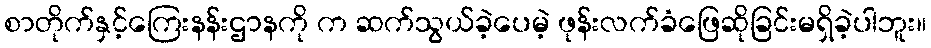
စာတိုက်နှင့်ကြေးနန်းဌာနကို က ဆက်သွယ်ခဲ့ပေမဲ့ ဖုန်းလက်ခံဖြေဆိုခြင်းမရှိခဲ့ပါဘူး။